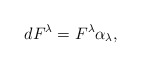
\begin{align*} dF^{\lambda} = F^{\lambda} \alpha_{\lambda}, \end{align*}